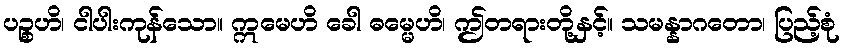
ပဉ္စဟိ၊ ငါပါးကုန်သော။ ဣမေဟိ ခေါ ဓမ္မေဟိ၊ ဤတရားတို့နှင့်။ သမန္နာဂတော၊ ပြည့်စုံ